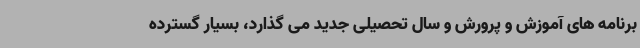
برنامه های آموزش و پرورش و سال تحصیلی جدید می گذارد، بسیار گسترده